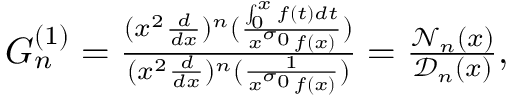
\begin{array} { r } { G _ { n } ^ { ( 1 ) } = \frac { ( x ^ { 2 } \frac { d } { d x } ) ^ { n } ( \frac { \int _ { 0 } ^ { x } f ( t ) d t } { x ^ { \sigma _ { 0 } } f ( x ) } ) } { ( x ^ { 2 } \frac { d } { d x } ) ^ { n } ( \frac { 1 } { x ^ { \sigma _ { 0 } } f ( x ) } ) } = \frac { \mathcal { N } _ { n } ( x ) } { \mathcal { D } _ { n } ( x ) } , } \end{array}